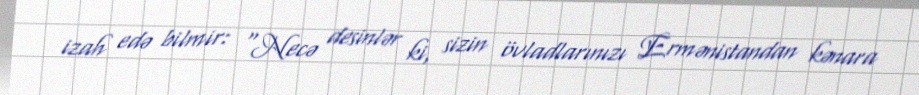
izah edə bilmir: “Necə desinlər ki, sizin övladlarınızı Ermənistandan kənara